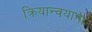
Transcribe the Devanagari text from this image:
क्रियान्वयाना